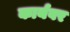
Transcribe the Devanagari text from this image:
कार्यवर